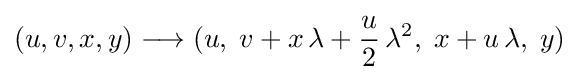
(u,v,x,y)\longrightarrow (u,\;v+x\,\lambda +{\frac {u}{2}}\,\lambda ^{2},\;x+u\,\lambda ,\;y)